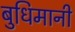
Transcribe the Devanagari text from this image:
बुधिमानी